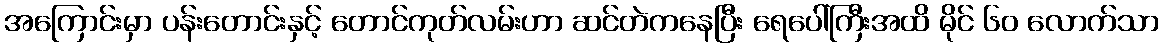
အကြောင်းမှာ ပန်းတောင်းနှင့် တောင်ကုတ်လမ်းဟာ ဆင်တဲကနေပြီး ရေပေါ်ကြီးအထိ မိုင် ၆၀ လောက်သာ